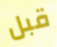
قبل